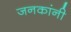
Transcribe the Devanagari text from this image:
जनकांनी